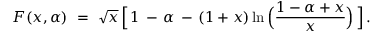
F ( x , \alpha ) \ = \ \sqrt { x } \, \Big [ \, 1 \, - \, \alpha \, - \, ( 1 + x ) \ln \Big ( \frac { 1 - \alpha + x } { x } \Big ) \, \Big ] \, .